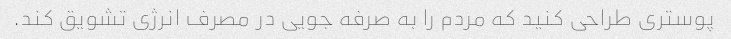
پوستری طراحی کنید که مردم را به صرفه جویی در مصرف انرژی تشویق کند.